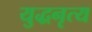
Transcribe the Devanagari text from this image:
युद्धनृत्य